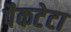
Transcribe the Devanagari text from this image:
पैकटेटा